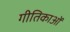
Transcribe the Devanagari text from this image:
गीतिकाओं